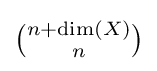
{\tbinom {n+{\text{dim}}(X)}{n}}